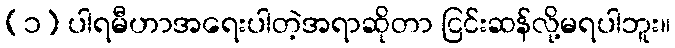
(၁) ပါရမီဟာအရေးပါတဲ့အရာဆိုတာ ငြင်းဆန်လို့မရပါဘူး။